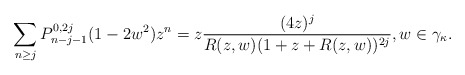
\begin{align*}\sum_{n \geq j}P_{n-j-1}^{0,2j}(1-2w^2)z^n = z \frac{(4z)^j}{R(z,w)(1+z+R(z,w))^{2j}}, w \in \gamma_{\kappa}.\end{align*}